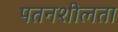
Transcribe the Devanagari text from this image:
पतनशीलता